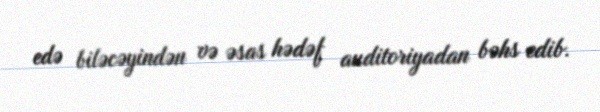
edə biləcəyindən və əsas hədəf auditoriyadan bəhs edib.